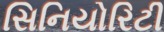
સિનિયોરિટી